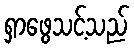
ရှာဖွေသင့်သည်